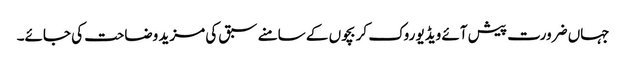
جہاں ضرورت پیش آئے ویڈیو روک کر بچوں کے سامنے سبق کی مزید وضاحت کی جائے۔